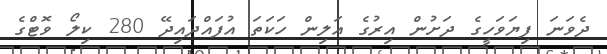
ދެވަނަ ފިޔަވަހީގެ ދަށުން އިރުގެ އަލިން ހަކަތަ އުފައްދައިދޭ 280 ކިލޯ ވޮޓްގެ